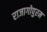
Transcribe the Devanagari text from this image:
राजागोपुरम